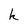
Character: k